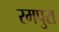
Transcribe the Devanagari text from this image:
रमपुरा